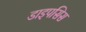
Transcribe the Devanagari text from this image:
डाइपसिस